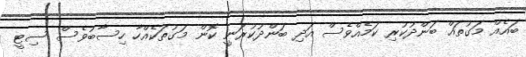
ބައެއް މަގުތައް ބަންދުކުރި ކަމެެއްވެސް އަދި ބަންދުކުރަނީ ކޮން މަގުތަކެއްހާ ހިސާބުވެސް ސިޓީ